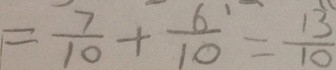
= \frac { 7 } { 1 0 } + \frac { 6 } { 1 0 } = \frac { 1 3 } { 1 0 }